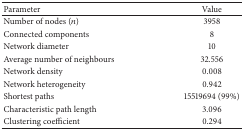
<table><thead><tr><td><b>Parameter</b></td><td><b>Value</b></td></tr></thead><tbody><tr><td>Number of nodes (<i>n</i>)</td><td>3958</td></tr><tr><td>Connected components</td><td>8</td></tr><tr><td>Network diameter</td><td>10</td></tr><tr><td>Average number of neighbours</td><td>32.556</td></tr><tr><td>Network density</td><td>0.008</td></tr><tr><td>Network heterogeneity</td><td>0.942</td></tr><tr><td>Shortest paths</td><td>15519694 (99%)</td></tr><tr><td>Characteristic path length</td><td>3.096</td></tr><tr><td>Clustering coefficient</td><td>0.294</td></tr></tbody></table>